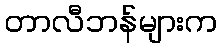
တာလီဘန်များက